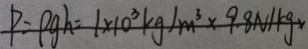
P = \rho g h = 1 \times 1 0 ^ { 3 } k g / m ^ { 3 } \times 9 . 8 N / k g \times 3